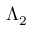
\boldsymbol { \Lambda } _ { 2 }